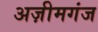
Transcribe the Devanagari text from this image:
अज़ीमगंज